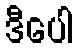
ဒီပေါ